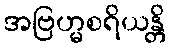
အဗြဟ္မစရိယန္တိ